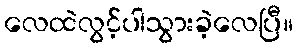
လေထဲလွင့်ပါသွားခဲ့လေပြီ။